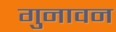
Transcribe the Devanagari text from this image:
गुनावन